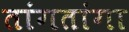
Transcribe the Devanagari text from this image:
तांगतांगा